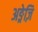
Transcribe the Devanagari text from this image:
अङ्रेज़ि